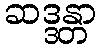
ဆဒ္ဒန္တာ